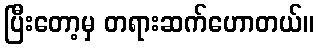
ပြီးတော့မှ တရားဆက်ဟောတယ်။